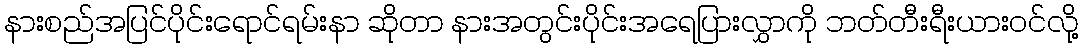
နားစည်အပြင်ပိုင်းရောင်ရမ်းနာ ဆိုတာ နားအတွင်းပိုင်းအရေပြားလွှာကို ဘတ်တီးရီးယားဝင်လို့